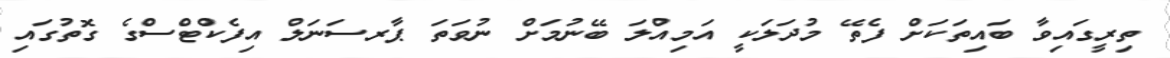
ތިރީގައިވާ ބައިތަކަށް ފެތޭ މުދަލަކީ އަމިއްލަ ބޭނުމަށް ނުވަތަ ޕާރސަނަލް އިފެކްޓްސްގެ ގޮތުގައި